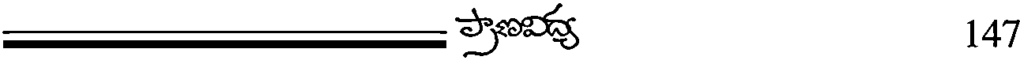
147